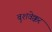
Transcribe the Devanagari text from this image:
बुशवेक्कर